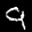
Label: 9